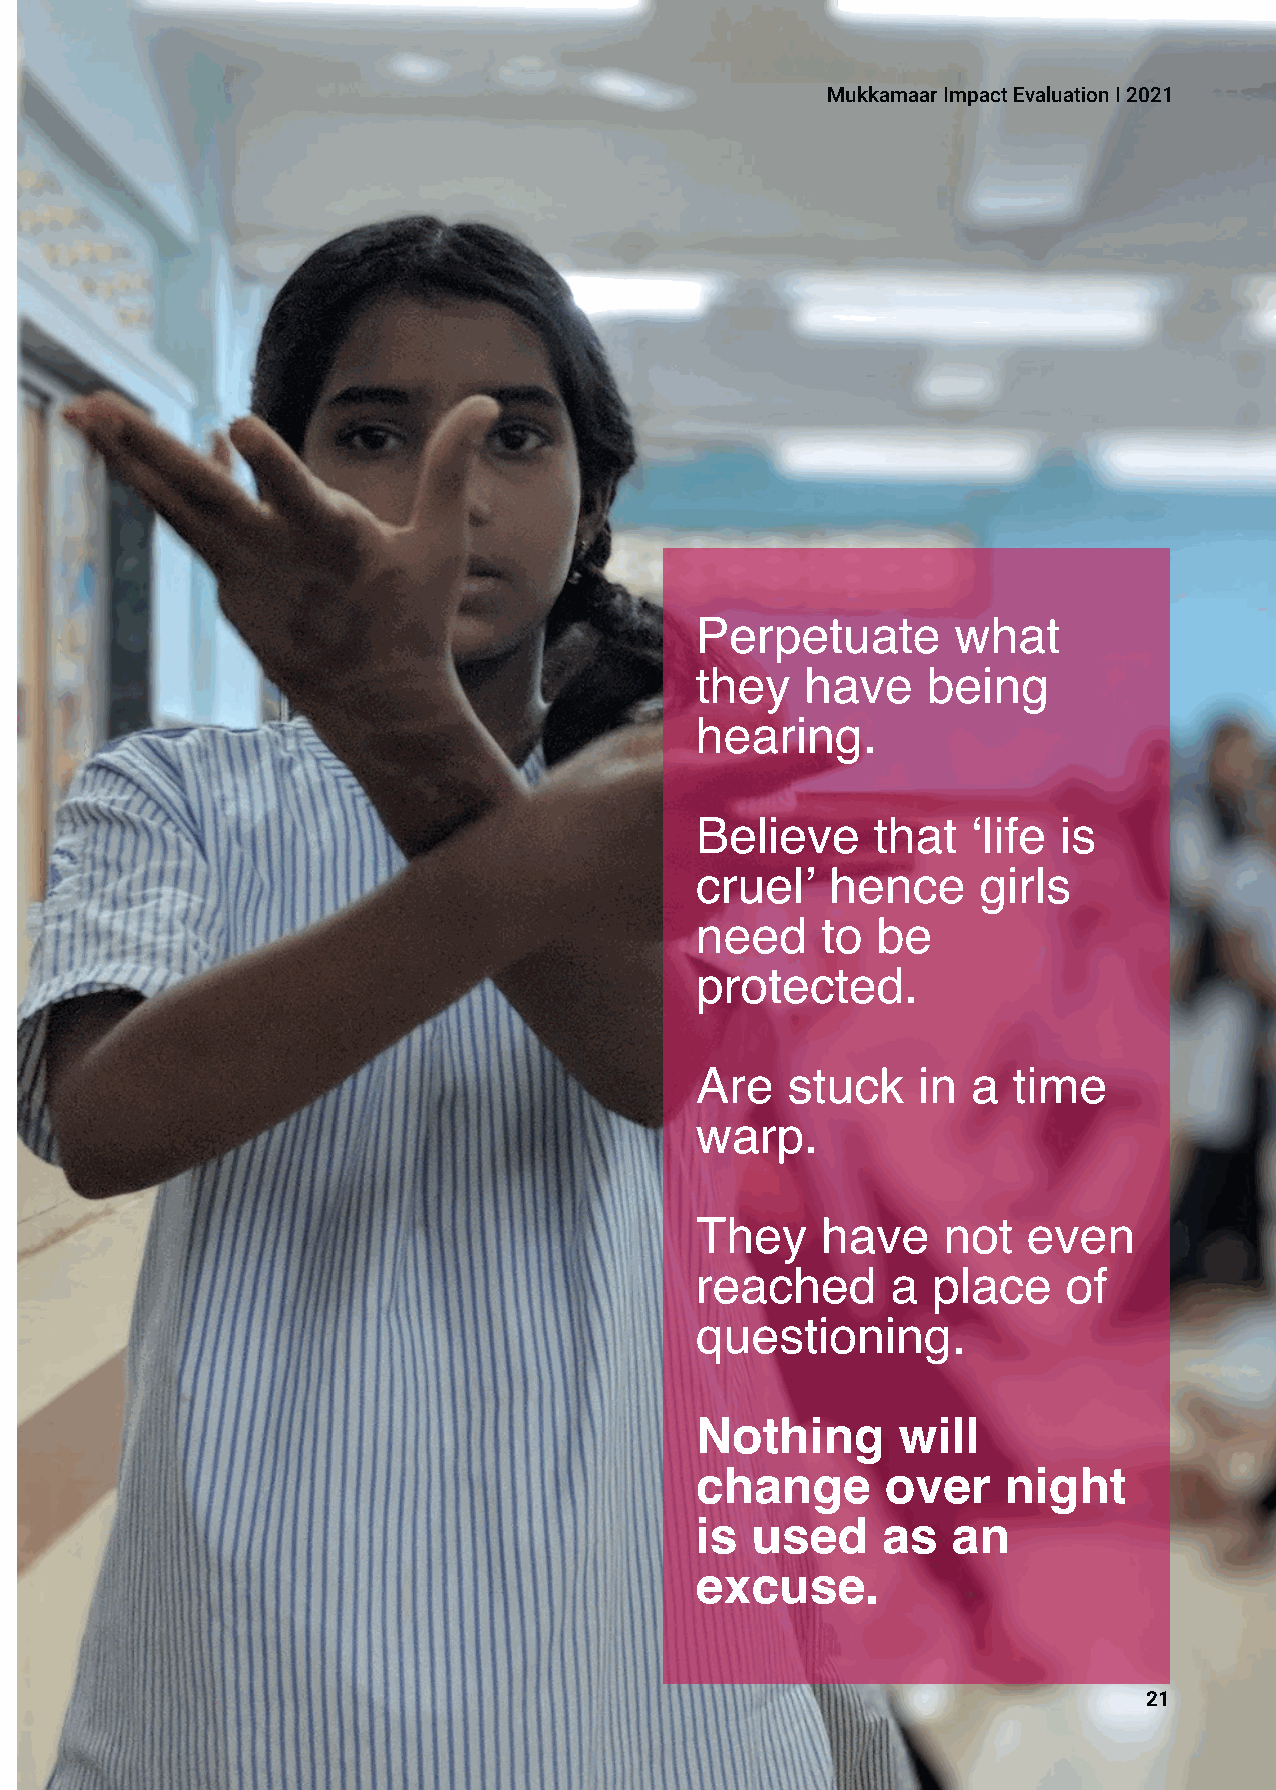
MukkamaarImpactEvaluationI2021
 Perpetuate       what
 they   have    being
 hearing.
 Believe     that  ‘life is
 cruel’   hence     girls
 need    to  be
 protected.
 Are   stuck    in a  time
 warp.
 They    have    not   even
 reached      a  place    of
 questioning.
 Nothing      will
 change       over   night
 is  used    as   an
 excuse.
 21